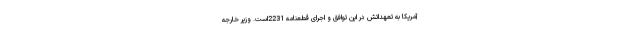
آمریکا به تعهداتش در این توافق و اجرای قطعنامه 2231است. وزیر خارجه